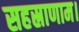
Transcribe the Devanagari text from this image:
सहस्राणाम।